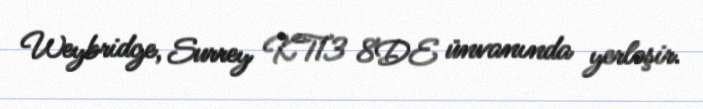
Weybridge, Surrey KT13 8DE ünvanında yerləşir.